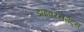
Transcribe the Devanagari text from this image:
डाइवरसेमेंट्स